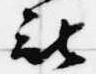
被